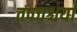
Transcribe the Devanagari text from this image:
तपचश्चर्या